Indian journal of veterinary science and animal husbandry - Volume 12,
Year: 1942
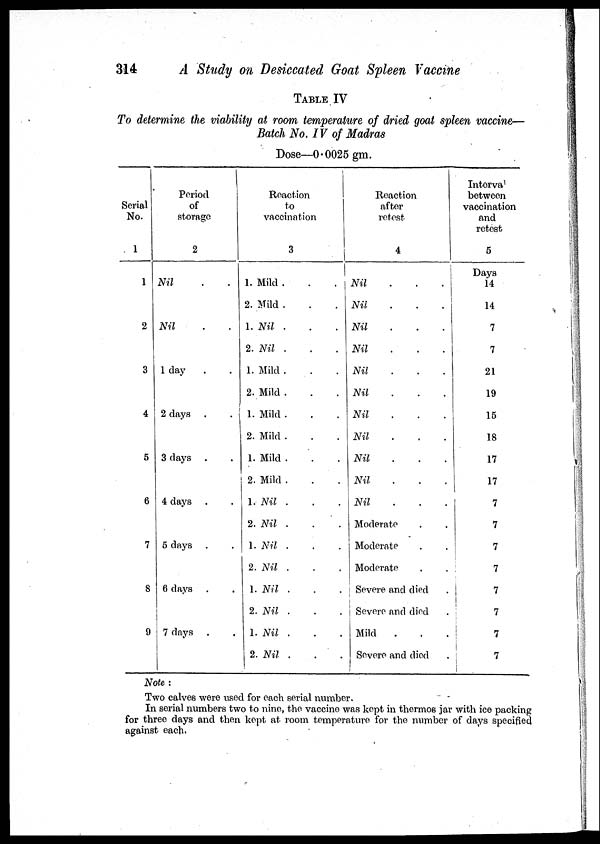
314
A
Study on Desiccated Goat Spleen Vaccine
TABLE IV
To determine the viability at room temperature of dried goat spleen vaccine—
Batch No. IV of Madras
Dose—0.0025 gm.
Serial
No.
1
1
2
3
4
5
6
7
8
9
Period
of
storage
2
Nil . .
Nil . .
1 day. .
2 days . .
3 days . .
4 days . .
5 days . .
6 days . .
7 days . .
Reaction
to
vaccination
3
1. Mild . . .
2. Mild . . .
1. Nil . . .
2. Nil . . .
1. Mild . . .
2. Mild . . .
1. Mild . . .
2. Mild . . .
1. Mild . . .
2. Mild . . .
1. Nil . . .
2. Nil . . .
1. Nil . . .
2. Nil . . .
1. Nil . . .
2. Nil . . .
1. Nil . . .
2. Nil . . .
Reaction
after
retest
4
Nil . . .
Nil . . .
Nil . . .
Nil . . .
Nil . . .
Nil . . .
Nil . . .
Nil . . .
Nil . . .
Nil . . .
Nil . . .
Moderate .
Moderate .
Moderate .
Severe and died
1 Severe and died
Mild . .
Severe and died
Intorval
between
vaccination
and
retest
5
Days
14
14
7
7
21
19
15
18
17
17
7
7
7
7
7
7
7
7
Note:
Two calves were used for each serial number.
In serial numbers two to nine, the vaccine was kept in thermos jar with ice packing
for three days and then kept at room temperature for the number of days specified
against, each.